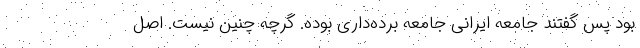
بود پس گفتند جامعه‌ ایرانی جامعه برده‌داری بوده. گرچه چنین نیست. اصل